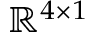
\mathbb { R } ^ { 4 \times 1 }